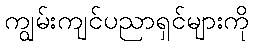
ကျွမ်းကျင်ပညာရှင်များကို